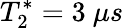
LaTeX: T_{2}^{*}=3~\mu s